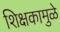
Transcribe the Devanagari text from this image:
शिक्षकामुळे